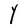
Character: Y